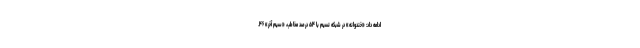
ادامه داد: «خندوانه» در شبکه نسیم با ۵۴ درصد مخاطب، «سیم آخر» ۴۶.